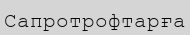
Сапротрофтарға